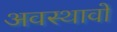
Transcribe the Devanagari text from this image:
अवस्थावों